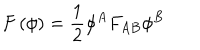
F \left( \phi \right) = \frac { 1 } { 2 } \phi ^ { A } F _ { A B } \phi ^ { B }